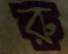
রু